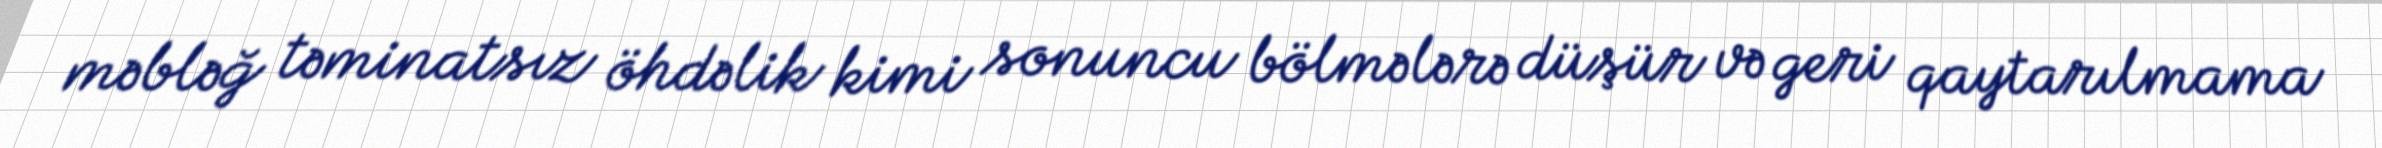
məbləğ təminatsız öhdəlik kimi sonuncu bölmələrə düşür və geri qaytarılmama